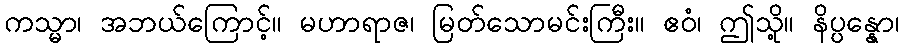
ကသ္မာ၊ အဘယ်ကြောင့်။ မဟာရာဇ၊ မြတ်သောမင်းကြီး။ ဧဝံ၊ ဤသို့။ နိပ္ပန္နော၊